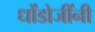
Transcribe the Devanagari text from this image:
धोंडोजींनी